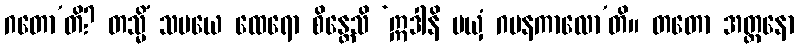
ဂတော’တိ? တသ္မိံ သမယေ ထေရော စိန္တေသိ ‘ဣဒါနိ မယှံ ဂမနကာလော’တိ။ တတော အတ္တနော